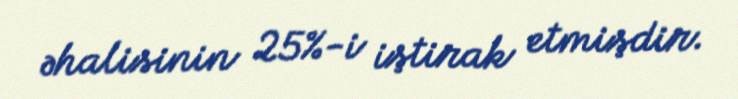
əhalisinin 25%-i iştirak etmişdir.